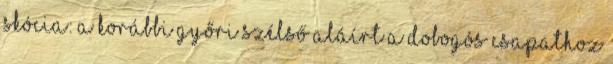
Skócia: a korábbi győri szélső aláírt a dobogós csapathoz